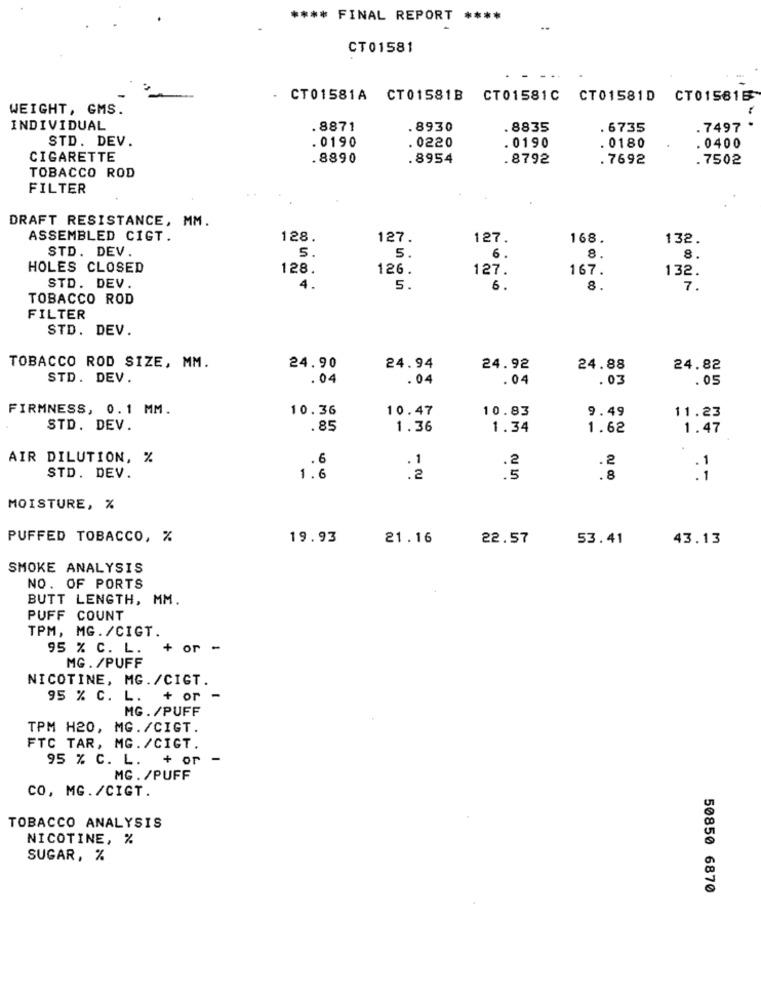
**** FINAL REPORT ****
CT01581
- CT01581A CT01581B CT01581C CT01581D CT015615
WEIGHT, GMS.
INDIVIDUAL
.8871
.8930
. 8835
. 6735
. 7497
STD. DEV.
. 0190
. 0220
.0190
. 0180
. 0400
CIGARETTE
8890
.8954
.8792
.7692
.7502
TOBACCO ROD
FILTER
DRAFT RESISTANCE, MM.
ASSEMBLED CIGT.
128.
127.
127
168.
132.
STD. DEV
5
5.
6
8.
8.
HOLES CLOSED
128.
126.
127.
167.
132.
STD. DEV.
4.
5.
8.
7.
TOBACCO ROD
FILTER
STD. DEV.
TOBACCO ROD SIZE, MM.
24.90
24.94
24.92
24.88
24.82
STD. DEV.
.04
.04
.04
.03
.05
FIRMNESS, 0.1 MM.
10.36
10.47
10.83
9.49
11.23
STD. DEV.
.85
1.36
1.34
1.62
1.47
AIR DILUTION, %
.6
1
STD. DEV.
1.6
: 2
: 8
MOISTURE, %
PUFFED TOBACCO, %
19.93
21.16
22.57
53.41
43.13
SMOKE ANALYSIS
NO. OF PORTS
BUTT LENGTH, MM.
PUFF COUNT
TPM, MG. /CIGT.
95 % C. L.
+ or .
MG. /PUFF
NICOTINE, MG./CIGT.
95 % C. L. + or -
MG. /PUFF
TPM H20, MG. /CIGT.
FTC TAR, MG. /CIGT.
95 % C. L. + or -
MG. /PUFF
CO, MG./CIGT.
TOBACCO ANALYSIS
NICOTINE, %
SUGAR, %
50850 6870